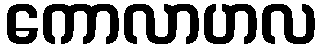
ကောလာဟလ